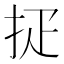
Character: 𢪵